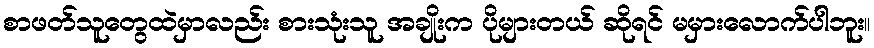
စာဖတ်သူတွေထဲမှာလည်း စားသုံးသူ အချိုးက ပိုများတယ် ဆိုရင် မမှားလောက်ပါဘူး။